画像に写った文字を読んでください
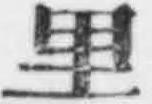
「里」と書いてあります